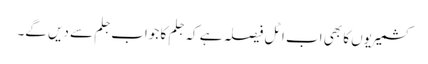
کشمیریوں کا بھی اب اٹل فیصلہ ہے کہ جلم کا جواب جلم سے دیں گے۔